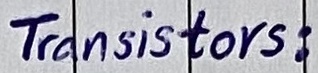
Text: Transistors: